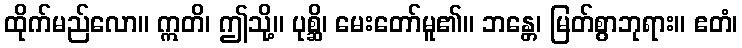
ထိုက်မည်လော။ ဣတိ၊ ဤသို့။ ပုစ္ဆိ၊ မေးတော်မူ၏။ ဘန္တေ၊ မြတ်စွာဘုရား။ ဧတံ၊